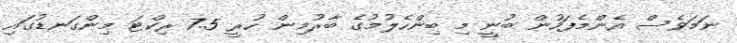
ނަމަވެސް އެންމެފަހުން ބުނީ މި ބިންހެލުމުގެ ބާރުމިން ހުރީ 7.5 ރިކްޓަ މިންގަނޑުގައި